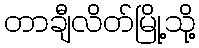
တာချီလိတ်မြို့သို့